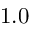
1 . 0